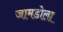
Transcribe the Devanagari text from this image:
जामडोला